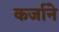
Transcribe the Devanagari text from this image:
कर्जाने